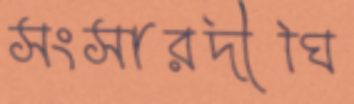
সংসারদীঘি